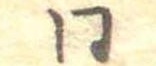
同